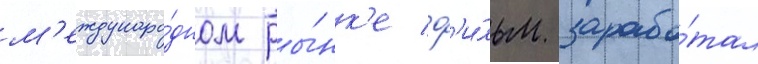
м'еждунаро́дном ры́нк'е ф'и́льм зарабо́тал